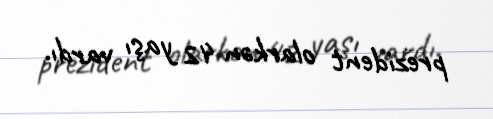
prezident olarkən 42 yaşı vardı.